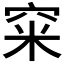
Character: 𥥪